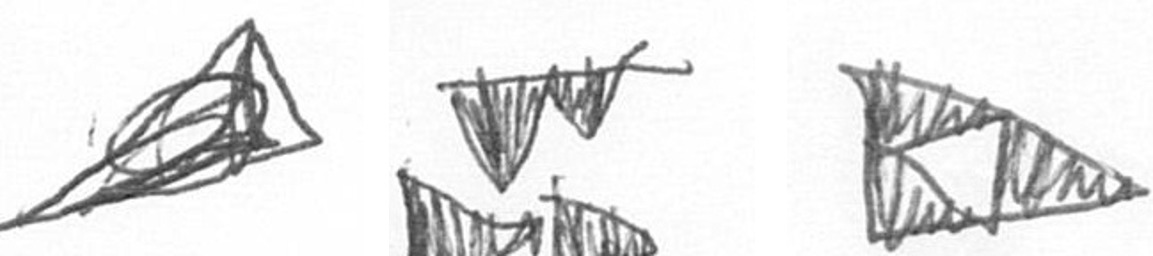
O B K